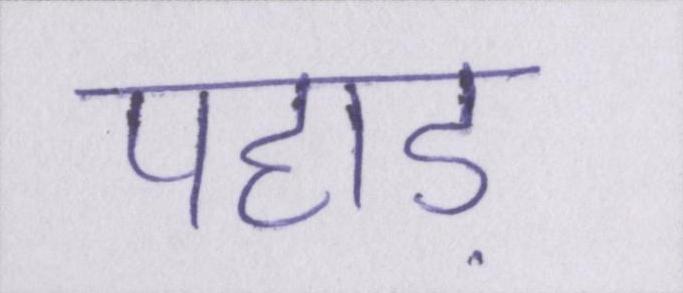
पहाड़